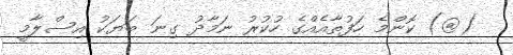
(@) ކޮންމެ ހަފުތާއެއްގެ ހުކުރު ނަމާދު ގިނަ ބަޔަކު އިސްލާމީ